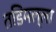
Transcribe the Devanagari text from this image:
तडिमल्ला